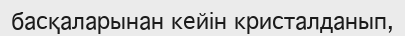
басқаларынан кейін кристалданып,